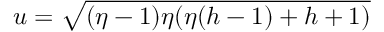
u = \sqrt { ( \eta - 1 ) \eta ( \eta ( h - 1 ) + h + 1 ) }